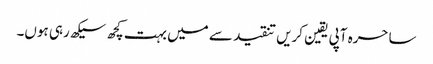
ساحرہ آپی یقین کریں تنقید سے میں بہت کچھ سیکھ رہی ہوں۔